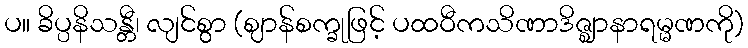
ပ။ ခိပ္ပနိသန္တီ၊ လျင်စွာ (ဈာန်စက္ခုဖြင့် ပထဝီကသိဏာဒိဇ္ဈာနာရမ္မဏကို)